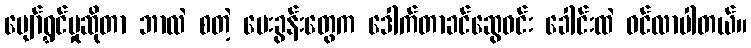
ပျော်ရွှင်မှုဆိုတာ ဘာလဲ စတဲ့ မေးခွန်းတွေက ဒေါက်တာခင်ဆွေဝင်း ခေါင်းထဲ ဝင်လာပါတယ်။